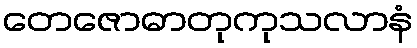
တေဇောဓာတုကုသလာနံ